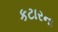
કટારના